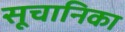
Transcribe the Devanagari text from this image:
सूचानिका